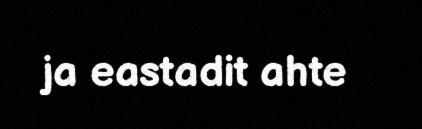
ja eastadit ahte